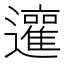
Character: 𨘿